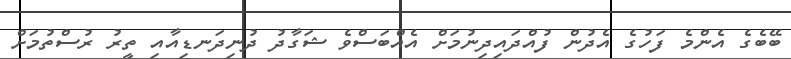
ބޭބެގެ އެންމެ ފަހުގެ އެދުން ފުއްދައިދިނުމަށް އެއްބަސްވެ ޝަގާދު ދުނިދަނޑިއާއި ތީރު ރުސްތުމަށް